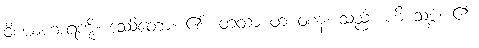
ဝိစယဟာရကို။ ဒဿိတော၊ ၏။ တထာ တံ ဝစနံ၊ သည်။ ဟိ သစ္စံ၊ ၏။